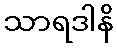
သာရဒါနိ